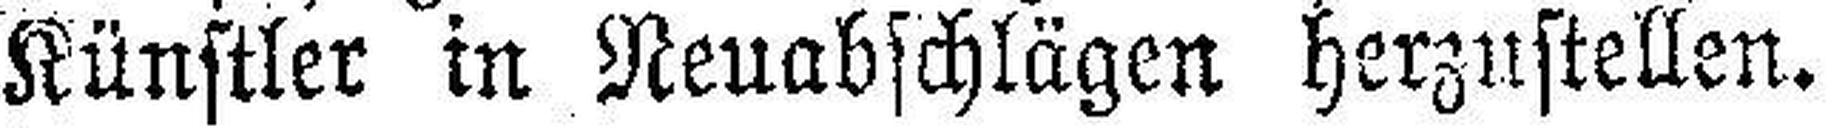
Künstler in Neuabschlägen herzustellen.